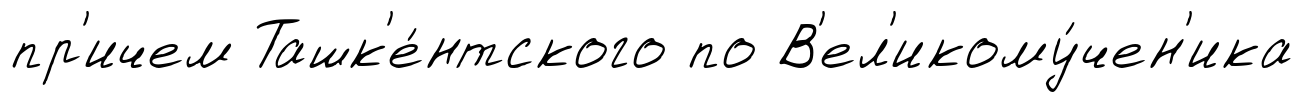
пр'ичем Ташк'е́нтского по В'ел'икому́чен'ика